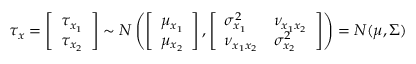
\tau _ { x } = \left[ \begin{array} { l } { \tau _ { x _ { 1 } } } \\ { \tau _ { x _ { 2 } } } \end{array} \right] \sim N \left( \left[ \begin{array} { l } { \mu _ { x _ { 1 } } } \\ { \mu _ { x _ { 2 } } } \end{array} \right] , \left[ \begin{array} { l l } { \sigma _ { x _ { 1 } } ^ { 2 } } & { \nu _ { x _ { 1 } x _ { 2 } } } \\ { \nu _ { x _ { 1 } x _ { 2 } } } & { \sigma _ { x _ { 2 } } ^ { 2 } } \end{array} \right] \right) = N ( \mu , \Sigma )